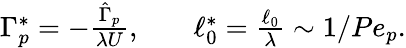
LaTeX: \begin{array}{rlr}{\Gamma_{p}^{\ast}=-\frac{\hat{\Gamma}_{p}}{\lambda U},}&{{}}&{\ell_{0}^{\ast}=\frac{\ell_{0}}{\lambda}\sim 1/Pe_{p}.}\end{array}